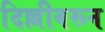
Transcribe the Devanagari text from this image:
दिल्लीवरून